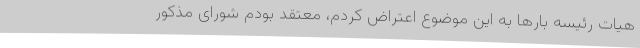
هیات رئیسه بارها به این موضوع اعتراض کردم، معتقد بودم شورای مذکور